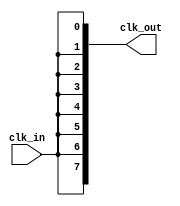
module HighFanoutClockBuffer (
    input wire clk_in,          // Input clock signal
    output wire [N-1:0] clk_out // Output clock signals
);
    parameter N = 8; // Number of outputs, can be adjusted as needed

    // Internal signals for buffering
    wire clk_buf;

    // Buffering stage: replicate the input clock signal
    generate
        genvar i;
        for (i = 0; i < N; i = i + 1) begin : clock_buffer
            // Instantiate a buffer for each output
            assign clk_out[i] = clk_buf;
        end
    endgenerate

    // Input stage: clean the input clock signal
    // Using a simple buffer for demonstration; in practice, a Schmitt trigger may be used
    assign clk_buf = clk_in;

endmodule